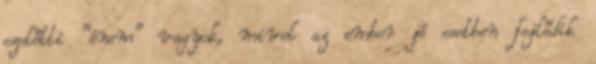
ezelőtti "énem" vagyok, mivel az ember jó esetben fejlődik